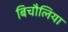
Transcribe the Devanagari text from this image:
बिचौलिया